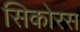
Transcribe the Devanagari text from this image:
सिकोरस